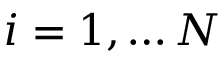
i = 1 , \ldots N